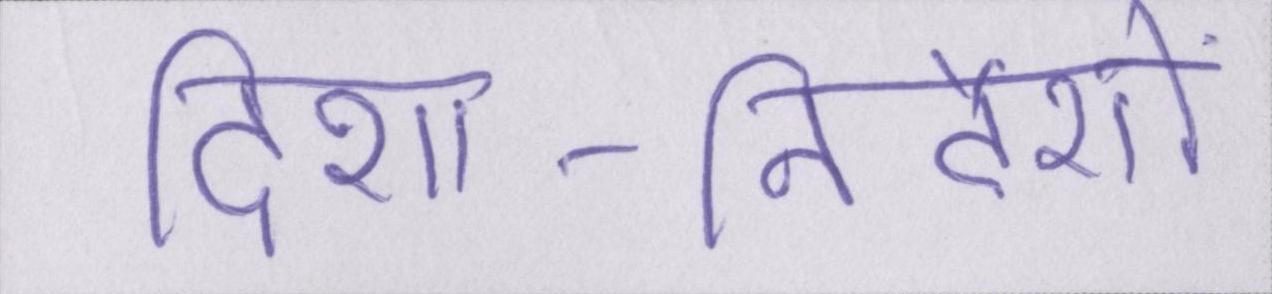
दिशा-निर्देशों